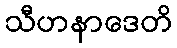
သီဟနာဒေတိ